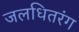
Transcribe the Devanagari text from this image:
जलधितरंग